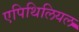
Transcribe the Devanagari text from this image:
एपिथिलियल